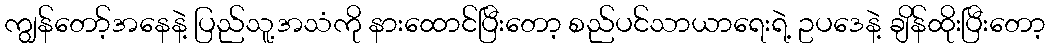
ကျွန်တော့်အနေနဲ့ ပြည်သူ့အသံကို နားထောင်ပြီးတော့ စည်ပင်သာယာရေးရဲ့ ဥပဒေနဲ့ ချိန်ထိုးပြီးတော့